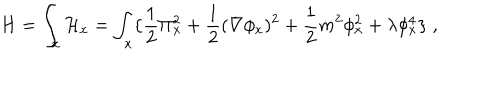
H = \int _ { x } { \cal H } _ { x } = \int _ { x } \{ { \frac { 1 } { 2 } } \Pi _ { x } ^ { 2 } + { \frac { 1 } { 2 } } ( \nabla \phi _ { x } ) ^ { 2 } + { \frac { 1 } { 2 } } m ^ { 2 } \phi _ { x } ^ { 2 } + \lambda \phi _ { x } ^ { 4 } \} \; ,